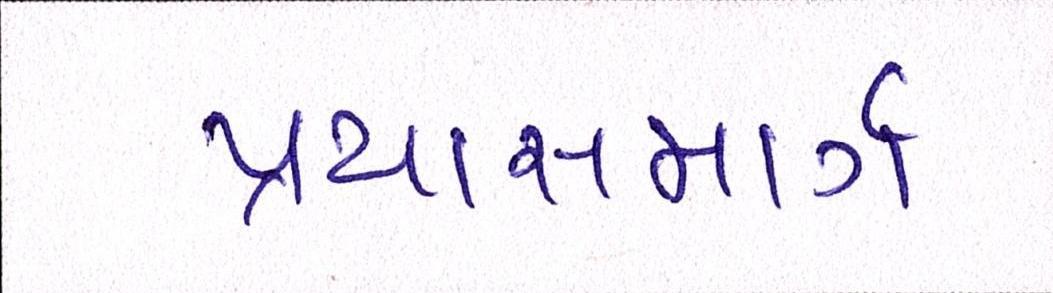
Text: પ્રયાસમાર્ગ